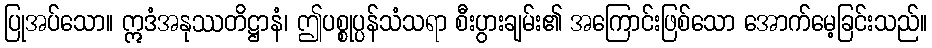
ပြုအပ်သော။ ဣဒံအနုဿတိဋ္ဌာနံ၊ ဤပစ္စုပ္ပန်သံသရာ စီးပွားချမ်း၏ အကြောင်းဖြစ်သော အောက်မေ့ခြင်းသည်။